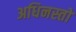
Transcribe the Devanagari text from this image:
अधिनस्तो